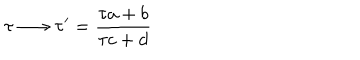
\tau \longrightarrow \tau ^ { \prime } = \frac { \tau a + b } { \tau c + d }